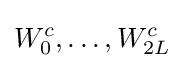
W_{0}^{c},\dots ,W_{2L}^{c}